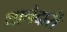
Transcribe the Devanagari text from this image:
थानेदारी